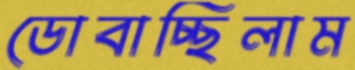
ডোবাচ্ছিলাম